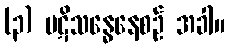
(၃) ပဋိသန္ဓေနေစဉ် အခါ။